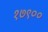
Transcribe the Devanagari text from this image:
१७९००